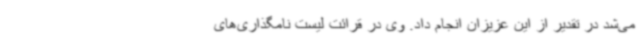
می‌شد در تقدیر از این عزیزان انجام داد. وی در قرائت لیست نامگذاری‌های